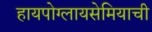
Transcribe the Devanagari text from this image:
हायपोग्लायसेमियाची